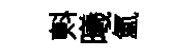
㪺曦氲